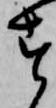
す